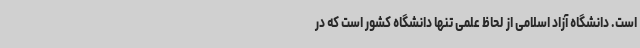
است. دانشگاه آزاد اسلامی از لحاظ علمی تنها دانشگاه کشور است که در